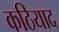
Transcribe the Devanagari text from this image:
कठियाद